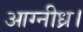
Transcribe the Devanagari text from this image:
आग्नीध्र।